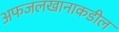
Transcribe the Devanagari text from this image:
अफजलखानाकडील